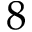
8